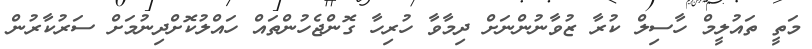
މަތީ ތައުލީމް ހާސިލް ކުރާ ޒުވާނުންނަށް ދިމާވާ ހުރިހާ ގޮންޖެހުންތައް ހައްލުކޮށްދިނުމަށް ސަރުކާރުން